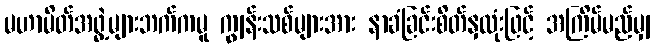
မဟာမိတ်အဖွဲ့များဘက်ကမူ ကျွန်းသစ်များအား နာခံခြင်းစိတ်နှလုံးဖြင့် အကြိမ်မည်မျှ